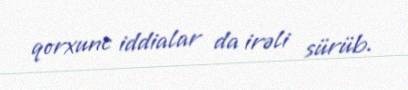
qorxunc iddialar da irəli sürüb.